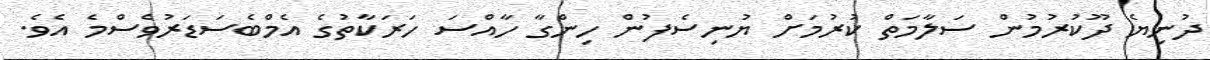
ދުނިޔެ ދޫކުރުމުން ސަލާމަތް ކުރުމަށް ޔުނިސެފުން ހިންގާ ހާއްސަ ހަރަކާތުގެ އެމްބެސަޑަރުވެސްމެ އެވެ.